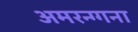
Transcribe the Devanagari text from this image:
अमरन्ग्गना